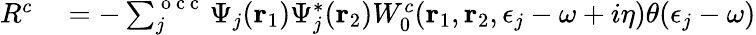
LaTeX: \begin{array}{rl}{R^{c}}&{{}=-\sum_{j}^{\mathrm{~o~c~c~}}\Psi_{j}(\mathbf{r}_{1})\Psi_{j}^{*}(\mathbf{r}_{2})W_{0}^{c}(\mathbf{r}_{1},\mathbf{r}_{2},\epsilon_{j}-\omega+i\eta)\theta(\epsilon_{j}-\omega)}\end{array}